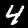
Digit: 4